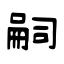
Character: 嗣